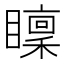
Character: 𥋶